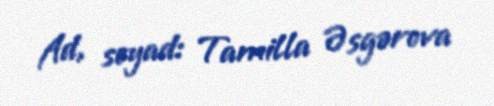
Ad, soyad: Tamilla Əsgərova